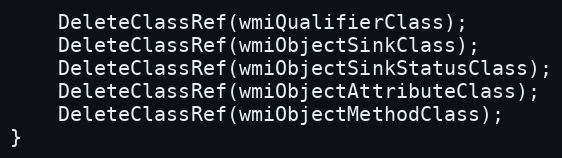
Language: C++
	DeleteClassRef(wmiQualifierClass);
	DeleteClassRef(wmiObjectSinkClass);
	DeleteClassRef(wmiObjectSinkStatusClass);
	DeleteClassRef(wmiObjectAttributeClass);
	DeleteClassRef(wmiObjectMethodClass);
}